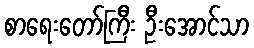
စာရေးတော်ကြီး ဦးအောင်သာ